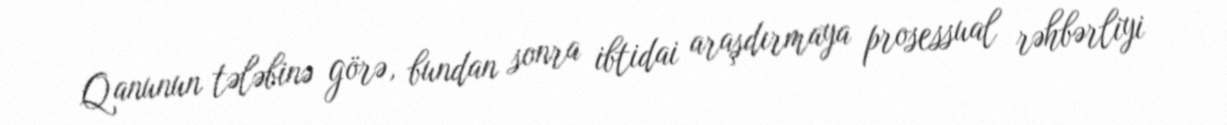
Qanunun tələbinə görə, bundan sonra ibtidai araşdırmaya prosessual rəhbərliyi